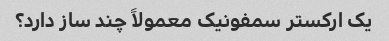
یک ارکستر سمفونیک معمولاً چند ساز دارد؟